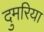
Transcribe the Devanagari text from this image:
दुमरिया